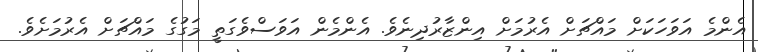
އެންމެ އަވަހަކަށް މައްޗަށް އެރުމަށް އިންޒާރުދިނެވެ. އެންމެން އަވަސްވެގަތީ މަގުގެ މައްޗަށް އެރުމަށެވެ.